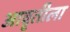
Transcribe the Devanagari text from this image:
आवृतीला